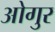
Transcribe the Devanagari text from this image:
ओगुर